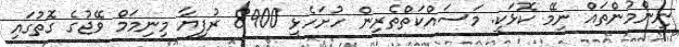
ނިންމުންތައް ނިމޭ ކޮޅަކީ. މަސައްކަތްތެރިން ހުށަހެޅީ 8900 ރުފިޔާ މިނިމަމް ވޭޖުގެ ގޮތުގައި